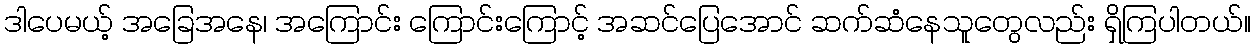
ဒါပေမယ့် အခြေအနေ၊ အကြောင်း ကြောင်းကြောင့် အဆင်ပြေအောင် ဆက်ဆံနေသူတွေလည်း ရှိကြပါတယ်။